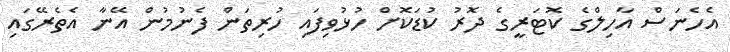
އެހެނަސް އާހިލްގެ ކޮޓަރީގެ ދޮރު ކުޑަކޮށް ހުޅުވިފައި ހުރިތަން ފެނުމުން އޭނާ އެތެރޭގައި